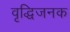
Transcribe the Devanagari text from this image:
वृद्धिजनक